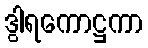
ဒွါရကောဋ္ဌကာ